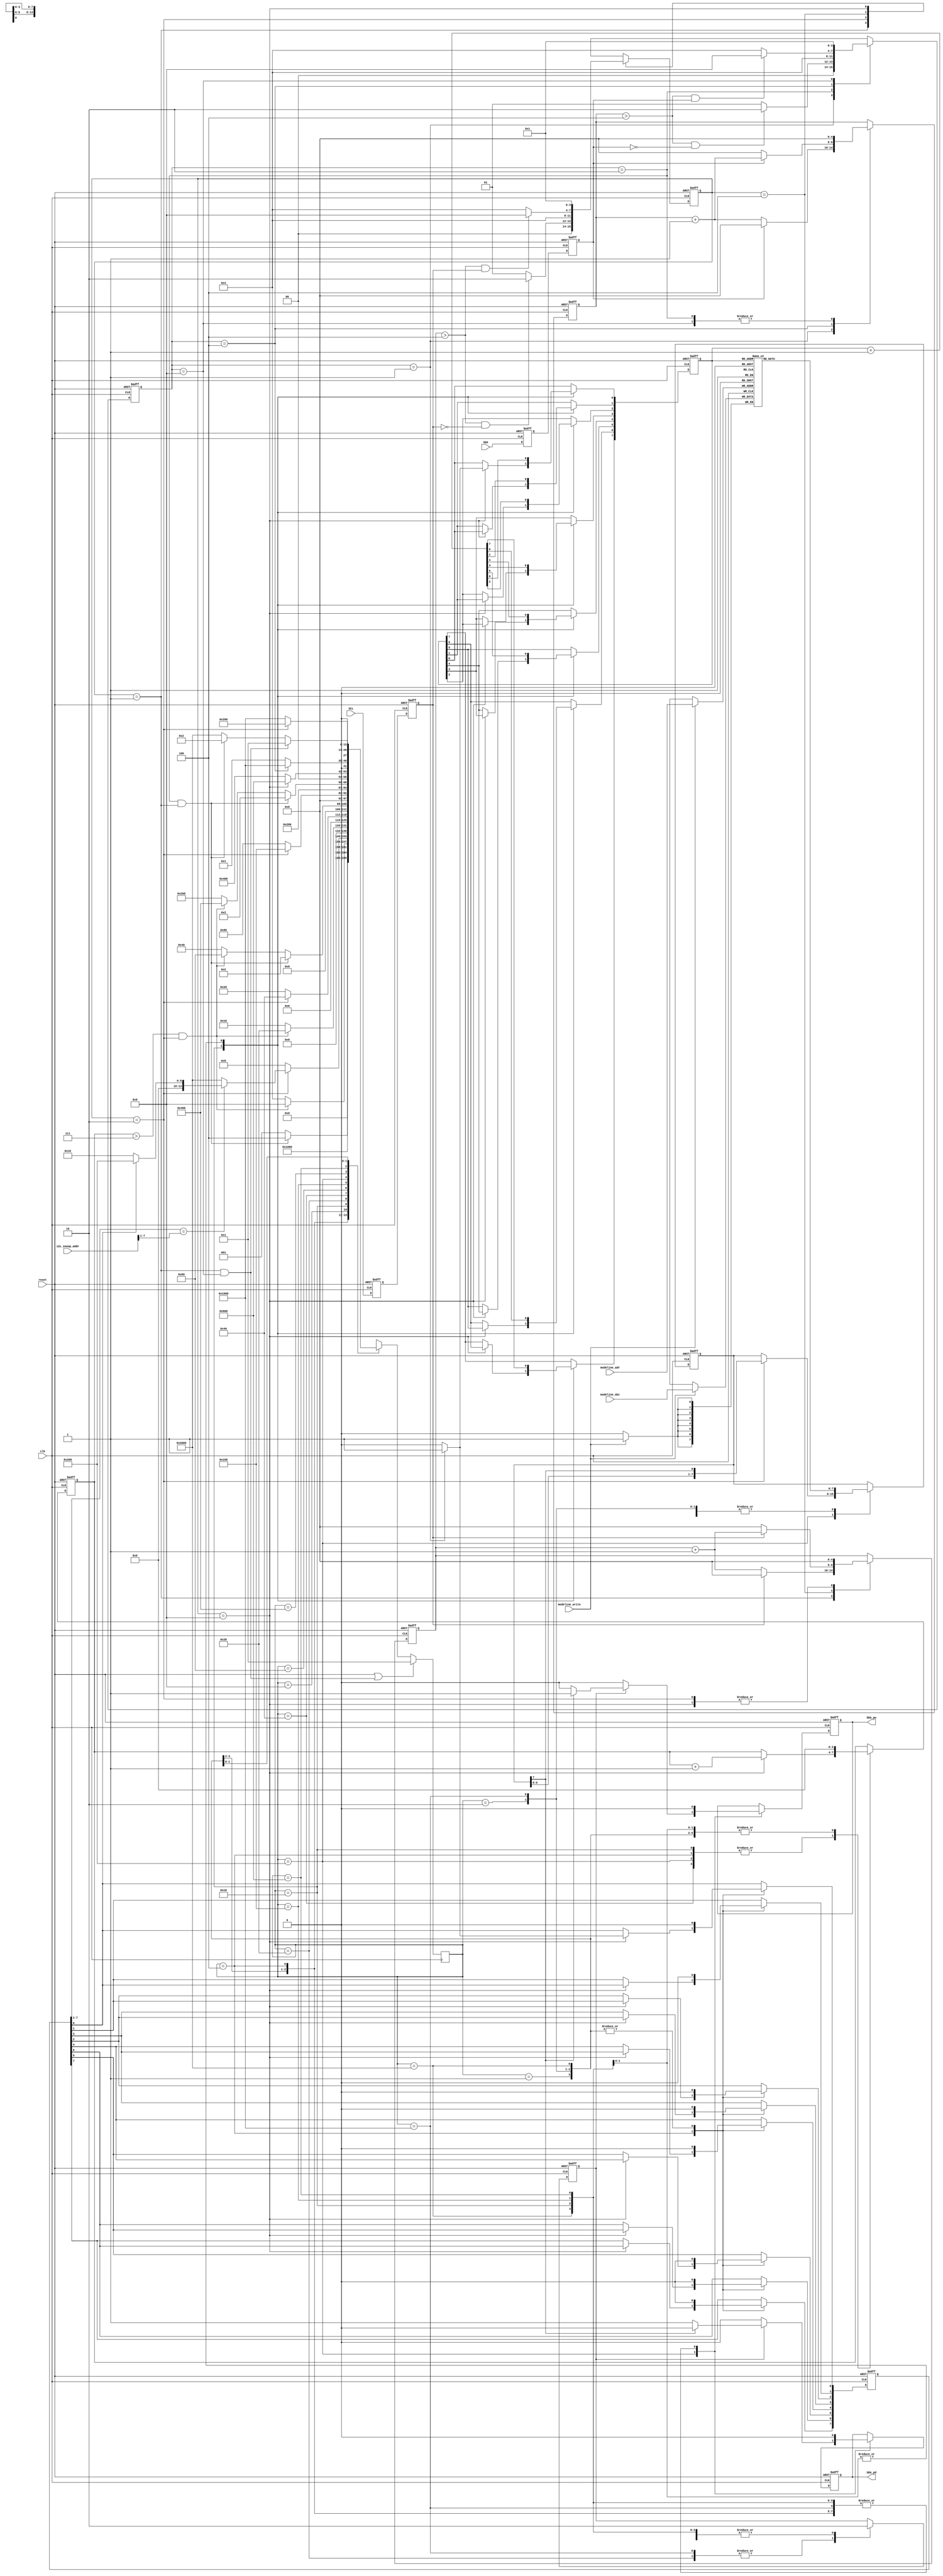
module i2c_squash_edid (
		  // external host interface
		  input wire   SCL,      // the SCL pin state
		  input wire   SDA,
		  output reg  SDA_pu,  // overrides for SDA
		  output reg  SDA_pd,

		  input wire   clk,     // internal FPGA clock
		  input wire   reset,   // internal FPGA reset
		  // i2c configuration
		  input wire [7:0] i2c_snoop_addr,

			input wire [7:0] modeline_adr,
			input wire [7:0] modeline_dat,
			input wire modeline_write
		  );

   wire [7:0] modeline; // change wire -> reg if using legacy hard-coded roms
   
   /////// I2C physical layer components
   /// SDA is stable when SCL is high.
   /// If SDA moves while SCL is high, this is considered a start or stop condition.
   ///
   /// Otherwise, SDA can move around when SCL is low (this is where we suppress bits or 
   /// overdrive as needed). SDA is a wired-AND bus, so you only "drive" zero.
   ///
   /// In an oversampled implementation, a rising and falling edge de-glitcher is needed
   /// for SCL and SDA.
   ///

   // rise fall time cycles computation:
   // At 400kHz operation, 2.5us is a cycle. "chatter" from transition should be about
   // 5% of total cycle time max (just rule of thumb), so 0.125us should be the equiv
   // number of cycles.
   // For the demo board, a 25 MHz clock is provided, and 0.125us ~ 4 cycles
   // At 100kHz operation, 10us is a cycle, so 0.5us ~ 12 cycles
   parameter TRF_CYCLES = 5'd4;  // number of cycles for rise/fall time
   
   ////////////////
   ///// protocol-level state machine
   ////////////////
   parameter I2C_START     = 14'b1 << 0; // should only pass through this state for one cycle
   parameter I2C_RESTART   = 14'b1 << 1;
   parameter I2C_DADDR     = 14'b1 << 2;
   parameter I2C_ACK_DADDR = 14'b1 << 3;
   parameter I2C_ADDR      = 14'b1 << 4;
   parameter I2C_ACK_ADDR  = 14'b1 << 5;
   parameter I2C_WR_DATA   = 14'b1 << 6;
   parameter I2C_ACK_WR    = 14'b1 << 7;
   parameter I2C_END_WR    = 14'b1 << 8;
   parameter I2C_RD_DATA   = 14'b1 << 9;
   parameter I2C_ACK_RD    = 14'b1 << 10;
   parameter I2C_END_RD    = 14'b1 << 11;
   parameter I2C_END_RD2   = 14'b1 << 12;
   parameter I2C_WAITSTOP  = 14'b1 << 13;
   
   parameter I2C_nSTATES = 14;

   reg [(I2C_nSTATES-1):0]     I2C_cstate = {{(I2C_nSTATES-1){1'b0}}, 1'b1};  //current and next states
   reg [(I2C_nSTATES-1):0]     I2C_nstate;

//`define SIMULATION  
`ifdef SIMULATION
   // synthesis translate_off
   reg [8*20:1] 	                 I2C_state_ascii = "I2C_START          ";
   always @(I2C_cstate) begin
      if      (I2C_cstate == I2C_START)     I2C_state_ascii <= "I2C_START          ";
      else if (I2C_cstate == I2C_RESTART)   I2C_state_ascii <= "I2C_RESTART        ";
      else if (I2C_cstate == I2C_DADDR)     I2C_state_ascii <= "I2C_DADDR          ";
      else if (I2C_cstate == I2C_ACK_DADDR) I2C_state_ascii <= "I2C_ACK_DADDR      ";
      else if (I2C_cstate == I2C_ADDR)      I2C_state_ascii <= "I2C_ADDR           ";
      else if (I2C_cstate == I2C_ACK_ADDR)  I2C_state_ascii <= "I2C_ACK_ADDR       ";
      else if (I2C_cstate == I2C_WR_DATA)   I2C_state_ascii <= "I2C_WR_DATA        ";
      else if (I2C_cstate == I2C_ACK_WR)    I2C_state_ascii <= "I2C_ACK_WR         ";
      else if (I2C_cstate == I2C_END_WR)    I2C_state_ascii <= "I2C_END_WR         ";
      else if (I2C_cstate == I2C_RD_DATA)   I2C_state_ascii <= "I2C_RD_DATA        ";
      else if (I2C_cstate == I2C_ACK_RD)    I2C_state_ascii <= "I2C_ACK_RD         ";
      else if (I2C_cstate == I2C_END_RD)    I2C_state_ascii <= "I2C_END_RD         ";
      else if (I2C_cstate == I2C_END_RD2)   I2C_state_ascii <= "I2C_END_RD2        ";
      else if (I2C_cstate == I2C_WAITSTOP)  I2C_state_ascii <= "I2C_WAITSTOP       ";
      else I2C_state_ascii                          <= "WTF                ";
   end
   // synthesis translate_on
`endif
   
   reg [3:0] 		       I2C_bitcnt;
   reg [7:0] 		       I2C_addr;
   reg [7:0] 		       I2C_daddr;
   reg 			       I2C_reg_update;
   reg [7:0] 		       I2C_squashdata;
   reg 			       I2C_dosquash;
   
   always @ (posedge clk) begin
      if (reset || ((SCL_cstate == SCL_HIGH) && (SDA_cstate == SDA_RISE))) // stop condition always resets
	I2C_cstate <= I2C_START; 
      else
	I2C_cstate <=#1 I2C_nstate;
   end

   always @ (*) begin
      case (I2C_cstate) //synthesis parallel_case full_case
	I2C_START: begin // wait for the start condition
	   I2C_nstate = ((SDA_cstate == SDA_FALL) && (SCL_cstate == SCL_HIGH)) ? I2C_DADDR : I2C_START;
	end
	I2C_RESTART: begin // repeated start moves immediately to DADDR
	   I2C_nstate = I2C_DADDR;
	end
	I2C_DADDR: begin // 8 bits to get the address
	   I2C_nstate = ((I2C_bitcnt > 4'h7) && (SCL_cstate == SCL_FALL)) ? I2C_ACK_DADDR : I2C_DADDR;
	end
	I2C_ACK_DADDR: begin // depending upon W/R bit state, go to one of two branches
	   I2C_nstate = (SCL_cstate == SCL_FALL) ?
			(I2C_daddr[7:1] == i2c_snoop_addr[7:1]) ? 
			(I2C_daddr[0] == 1'b0 ? I2C_ADDR : I2C_RD_DATA) :
			I2C_WAITSTOP : // !I2C_daddr match
			I2C_ACK_DADDR; // !SCL_FALL
	end

	// device address branch
	I2C_ADDR: begin
	   I2C_nstate = ((I2C_bitcnt > 4'h7) && (SCL_cstate == SCL_FALL)) ? I2C_ACK_ADDR : I2C_ADDR;
	end
	I2C_ACK_ADDR: begin
	   I2C_nstate = (SCL_cstate == SCL_FALL) ? I2C_WR_DATA : I2C_ACK_ADDR;
	end
	
	// write branch
	I2C_WR_DATA: begin // 8 bits to get the write data
	   I2C_nstate = ((SDA_cstate == SDA_FALL) && (SCL_cstate == SCL_HIGH)) ? I2C_RESTART : // repeated start
			((I2C_bitcnt > 4'h7) && (SCL_cstate == SCL_FALL)) ? I2C_ACK_WR : I2C_WR_DATA;
	end
	I2C_ACK_WR: begin // trigger the ack response (pull SDA low until next falling edge)
	   // and stay in this state until the next falling edge of SCL
	   I2C_nstate = (SCL_cstate == SCL_FALL) ? I2C_END_WR : I2C_ACK_WR;
	end
	I2C_END_WR: begin // one-cycle state to update address+1, reset SDA pulldown
	   I2C_nstate = I2C_WR_DATA; // SCL is now low
	end

	// read branch
	I2C_RD_DATA: begin // 8 bits to get the read data
	   I2C_nstate = ((SDA_cstate == SDA_FALL) && (SCL_cstate == SCL_HIGH)) ? I2C_RESTART : // repeated start
			((I2C_bitcnt > 4'h7) && (SCL_cstate == SCL_FALL)) ? I2C_ACK_RD : I2C_RD_DATA;
	end
	I2C_ACK_RD: begin // wait for an (n)ack response
	   // need to sample (n)ack on a rising edge
	   I2C_nstate = (SCL_cstate == SCL_RISE) ? I2C_END_RD : I2C_ACK_RD;
	end
	I2C_END_RD: begin // if nack, just go to start state (don't explicitly check stop event)
	   // single cycle state for adr+1 update
	   I2C_nstate = (SDA_cstate == SDA_LOW) ? I2C_END_RD2 : I2C_START;
	end
	I2C_END_RD2: begin // before entering I2C_RD_DATA, we need to have seen a falling edge.
	   I2C_nstate = (SCL_cstate == SCL_FALL) ? I2C_RD_DATA : I2C_END_RD2;
	end

	// we're not the addressed device, so we just idle until we see a stop
	I2C_WAITSTOP: begin
	   I2C_nstate = (((SCL_cstate == SCL_HIGH) && (SDA_cstate == SDA_RISE))) ? // stop
			I2C_START : 
			(((SCL_cstate == SCL_HIGH) && (SDA_cstate == SDA_FALL))) ? // or start
			I2C_RESTART :
			I2C_WAITSTOP;
	end
      endcase // case (cstate)
   end

   always @ (posedge clk or posedge reset) begin
      if( reset ) begin
	 I2C_bitcnt <=#1 4'b0;
	 I2C_daddr <=#1 8'b0;
	 I2C_reg_update <=#1 1'b0;
	 I2C_addr <=#1 8'b0; // this persists across transactions

	 I2C_squashdata <=#1 8'hff;
	 I2C_dosquash <=#1 0;
	 SDA_pd <=#1 0;
	 SDA_pu <=#1 0;
      end else begin
	 case (I2C_cstate) // synthesis parallel_case full_case
	   I2C_START: begin // everything in reset
	      I2C_bitcnt <=#1 4'b0;
	      I2C_daddr <=#1 8'b0;
	      I2C_reg_update <=#1 1'b0;
	      I2C_addr <=#1 I2C_addr;

	      I2C_squashdata <=#1 I2C_squashdata;
	      I2C_dosquash <=#1 0;
	      SDA_pd <=#1 0;
	      SDA_pu <=#1 0;
	   end

	   I2C_RESTART: begin
	      I2C_bitcnt <=#1 4'b0;
	      I2C_daddr <=#1 8'b0;
	      I2C_reg_update <=#1 1'b0;
	      I2C_addr <=#1 I2C_addr;

//	      I2C_squashdata <=#1 I2C_squashdata;
	      // on restart, I2C_addr is valid, so grab squashdata again
	      I2C_squashdata <=#1 modeline[7:0];
	      I2C_dosquash <=#1 0;
	      SDA_pd <=#1 0;
	      SDA_pu <=#1 0;
	   end

	   // get my i2c device address (am I being talked to?)
	   I2C_DADDR: begin // shift in the address on rising edges of clock
	      if( SCL_cstate == SCL_RISE ) begin
		 I2C_bitcnt <=#1 I2C_bitcnt + 4'b1;
		 I2C_daddr[7] <=#1 I2C_daddr[6];
		 I2C_daddr[6] <=#1 I2C_daddr[5];
		 I2C_daddr[5] <=#1 I2C_daddr[4];
		 I2C_daddr[4] <=#1 I2C_daddr[3];
		 I2C_daddr[3] <=#1 I2C_daddr[2];
		 I2C_daddr[2] <=#1 I2C_daddr[1];
		 I2C_daddr[1] <=#1 I2C_daddr[0];
		 I2C_daddr[0] <=#1 (SDA_cstate == SDA_HIGH) ? 1'b1 : 1'b0;
	      end else begin // we're oversampled so we need a hold-state gutter
		 I2C_bitcnt <=#1 I2C_bitcnt;
		 I2C_daddr <=#1 I2C_daddr;
	      end // else: !if( SCL_cstate == SCL_RISE )
	      I2C_reg_update <=#1 1'b0;
	      I2C_addr <=#1 I2C_addr;

	      I2C_squashdata <=#1 I2C_squashdata;
	      I2C_dosquash <=#1 0;
	      SDA_pd <=#1 0;
	      SDA_pu <=#1 0;
	   end // case: I2C_DADDR
	   I2C_ACK_DADDR: begin
	      I2C_daddr <=#1 I2C_daddr;
	      I2C_bitcnt <=#1 4'b0;
	      I2C_reg_update <=#1 1'b0;
	      I2C_addr <=#1 I2C_addr;

	      I2C_squashdata <=#1 I2C_squashdata;
	      I2C_dosquash <=#1 0;
	      SDA_pd <=#1 0;
	      SDA_pu <=#1 0;
	   end

	   // get my i2c "write" address (what we want to access inside me)
	   I2C_ADDR: begin
	      if( SCL_cstate == SCL_RISE ) begin
		 I2C_bitcnt <=#1 I2C_bitcnt + 4'b1;
		 I2C_addr[7] <=#1 I2C_addr[6];
		 I2C_addr[6] <=#1 I2C_addr[5];
		 I2C_addr[5] <=#1 I2C_addr[4];
		 I2C_addr[4] <=#1 I2C_addr[3];
		 I2C_addr[3] <=#1 I2C_addr[2];
		 I2C_addr[2] <=#1 I2C_addr[1];
		 I2C_addr[1] <=#1 I2C_addr[0];
		 I2C_addr[0] <=#1 (SDA_cstate == SDA_HIGH) ? 1'b1 : 1'b0;
	      end else begin // we're oversampled so we need a hold-state gutter
		 I2C_bitcnt <=#1 I2C_bitcnt;
		 I2C_addr <=#1 I2C_addr;
	      end // else: !if( SCL_cstate == SCL_RISE )
	      I2C_reg_update <=#1 1'b0;
	      I2C_daddr <=#1 I2C_daddr;

	      I2C_squashdata <=#1 I2C_squashdata;
	      I2C_dosquash <=#1 0;
	      SDA_pd <=#1 0;
	      SDA_pu <=#1 0;
	   end // case: I2C_ADDR
	   I2C_ACK_ADDR: begin
	      I2C_daddr <=#1 I2C_daddr;
	      I2C_bitcnt <=#1 4'b0;
	      I2C_reg_update <=#1 1'b0;
	      I2C_addr <=#1 I2C_addr;

	      // note mirror image of this on the I2C_END_RD2 branch
`ifdef POSTERITY
	      if( I2C_addr[7] ) begin // 0x80 and above
		 I2C_squashdata <=#1 modeline[7:0];
		 I2C_dosquash <=#1 1;
	      end else if( I2C_addr[7:0] == 8'h75 ) begin
		 I2C_squashdata <=#1 8'h09; // pixclock @ 90mhz
		 I2C_dosquash <=#1 1;
	      end else if( (I2C_addr[7:0] >= 8'h36) &&
			   (I2C_addr[7:0] <= 8'h47) ) begin
		 I2C_squashdata <=#1 8'h00;
		 I2C_dosquash <=#1 1;
	      end else if( I2C_addr[7:0] == 8'h7f ) begin
		 I2C_squashdata <=#1 8'hb7; // fixup checkusm
		 I2C_dosquash <=#1 1;
	      end else begin
		 I2C_squashdata <=#1 I2C_squashdata;
		 I2C_dosquash <=#1 0;
	      end
`endif //  `ifdef POSTERITY
	      // now that bank is 256 bytes, squash everything
	      I2C_squashdata <=#1 modeline[7:0];
	      I2C_dosquash <=#1 1;
	      
	      SDA_pd <=#1 0;
	      SDA_pu <=#1 0;
	   end
	   
	   
	   // write branch
	   I2C_WR_DATA: begin // shift in data on rising edges of clock
	      if( SCL_cstate == SCL_RISE ) begin
		 I2C_bitcnt <=#1 I2C_bitcnt + 4'b1;
	      end else begin
		 I2C_bitcnt <=#1 I2C_bitcnt; // hold state gutter
	      end // else: !if( SCL_cstate == SCL_RISE )
	      I2C_daddr <=#1 I2C_daddr;
	      I2C_reg_update <=#1 1'b0;
	      I2C_addr <=#1 I2C_addr;
`ifdef SQUASHWRITES
	      if( SCL_cstate == SCL_FALL ) begin
		 I2C_squashdata[7:0] <=#1 {I2C_squashdata[6:0],I2C_squashdata[7]};
	      end else begin
		 I2C_squashdata <=#1 I2C_squashdata;
	      end
	      
	      I2C_dosquash <=#1 I2C_dosquash;
	      if( I2C_dosquash ) begin
		 if( I2C_squashdata[7] ) begin
		    SDA_pd <=#1 0;
		    SDA_pu <=#1 1;
		 end else begin
		    SDA_pd <=#1 1;
		    SDA_pu <=#1 0;
		 end
	      end else begin
		 SDA_pd <=#1 0;
		 SDA_pu <=#1 0;
	      end // else: !if( I2C_dosquash )
`else // !`ifdef SQUASHWRITES
	      I2C_squashdata <=#1 I2C_squashdata;
	      I2C_dosquash <=#1 0;
	      SDA_pd <=#1 0;
	      SDA_pu <=#1 0;
`endif	      
	   end // case: I2C_WR_DATA
	   I2C_ACK_WR: begin
	      I2C_daddr <=#1 I2C_daddr;
	      I2C_bitcnt <=#1 4'b0;
	      I2C_reg_update <=#1 1'b1;  // write the data now (over and over again while in state)
	      I2C_addr <=#1 I2C_addr;

	      I2C_squashdata <=#1 I2C_squashdata;
	      I2C_dosquash <=#1 0;
	      SDA_pd <=#1 0;
	      SDA_pu <=#1 0;
	   end
	   I2C_END_WR: begin
	      I2C_addr <=#1 I2C_addr + 8'b1; // this is a one-cycle state so this is safe
	      I2C_bitcnt <=#1 4'b0;
	      I2C_reg_update <=#1 1'b0;
	      I2C_daddr <=#1 I2C_daddr;

	      I2C_squashdata <=#1 I2C_squashdata;
	      I2C_dosquash <=#1 0;
	      SDA_pd <=#1 0;
	      SDA_pu <=#1 0;
	   end

	   // read branch
	   I2C_RD_DATA: begin // shift out data on falling edges of clock
	      if( SCL_cstate == SCL_RISE ) begin
		 I2C_bitcnt <=#1 I2C_bitcnt + 4'b1;
	      end else begin
		 I2C_bitcnt <=#1 I2C_bitcnt; // hold state gutter
	      end
	      I2C_daddr <=#1 I2C_daddr;
	      I2C_reg_update <=#1 1'b0;
	      I2C_addr <=#1 I2C_addr;

	      if( SCL_cstate == SCL_FALL ) begin
		 I2C_squashdata[7:0] <=#1 {I2C_squashdata[6:0],I2C_squashdata[7]};
	      end else begin
		 I2C_squashdata <=#1 I2C_squashdata;
	      end
	      
	      I2C_dosquash <=#1 I2C_dosquash;
	      if( I2C_dosquash ) begin
		 if( I2C_squashdata[7] ) begin
		    SDA_pd <=#1 0;
		    SDA_pu <=#1 1;
		 end else begin
		    SDA_pd <=#1 1;
		    SDA_pu <=#1 0;
		 end
	      end else begin
		 SDA_pd <=#1 0;
		 SDA_pu <=#1 0;
	      end
	   end // case: I2C_RD_DATA
	   I2C_ACK_RD: begin
	      I2C_daddr <=#1 I2C_daddr;
	      I2C_bitcnt <=#1 4'b0;
	      I2C_reg_update <=#1 1'b1; // commit reads even to our internal bank
	      I2C_addr <=#1 I2C_addr;

	      I2C_squashdata <=#1 I2C_squashdata;
	      I2C_dosquash <=#1 0;
	      SDA_pd <=#1 0;
	      SDA_pu <=#1 0;
	   end
	   I2C_END_RD: begin
	      I2C_addr <=#1 I2C_addr + 8'b1; // this is a one-cycle state so this is safe
	      I2C_bitcnt <=#1 4'b0;
	      I2C_reg_update <=#1 1'b0;
	      I2C_daddr <=#1 I2C_daddr;

	      I2C_squashdata <=#1 I2C_squashdata;
	      I2C_dosquash <=#1 0;
	      SDA_pd <=#1 0;
	      SDA_pu <=#1 0;
	   end
	   I2C_END_RD2: begin
	      I2C_daddr <=#1 8'b0;
	      I2C_bitcnt <=#1 4'b0;
	      I2C_reg_update <=#1 1'b0;
	      I2C_addr <=#1 I2C_addr;

`ifdef POSTERITY
	      if( I2C_addr[7] ) begin // 0x80 and above
		 I2C_squashdata <=#1 modeline[7:0];
		 I2C_dosquash <=#1 1;
	      end else if( I2C_addr[7:0] == 8'h75 ) begin
		 I2C_squashdata <=#1 8'h09; // pixclock @ 90mhz
		 I2C_dosquash <=#1 1;
	      end else if( (I2C_addr[7:0] >= 8'h36) &&
			   (I2C_addr[7:0] <= 8'h47) ) begin
		 I2C_squashdata <=#1 8'h00;
		 I2C_dosquash <=#1 1;
	      end else if( I2C_addr[7:0] == 8'h7f ) begin
		 I2C_squashdata <=#1 8'hb7; // fixup checkusm
		 I2C_dosquash <=#1 1;
	      end else begin
		 I2C_squashdata <=#1 I2C_squashdata;
		 I2C_dosquash <=#1 0;
	      end
`endif //  `ifdef POSTERITY
	      // now that bank is 256 bytes, squash everything
	      I2C_squashdata <=#1 modeline[7:0];
	      I2C_dosquash <=#1 1;
	      
	      SDA_pd <=#1 0;
	      SDA_pu <=#1 0;
	   end
	   
	   I2C_WAITSTOP: begin
	      I2C_daddr <=#1 8'b0;
	      I2C_bitcnt <=#1 4'b0;
	      I2C_reg_update <=#1 1'b0;
	      I2C_addr <=#1 I2C_addr;

	      I2C_squashdata <=#1 I2C_squashdata;
	      I2C_dosquash <=#1 0;
	      SDA_pd <=#1 0;
	      SDA_pu <=#1 0;
	   end
	 endcase // case (cstate)
      end // else: !if( reset )
   end // always @ (posedge clk or posedge reset)

`ifdef POSTERITY
   	      if( I2C_addr[7:0] == 8'h63 ) begin
		 I2C_squashdata <=#1 8'h0a;
		 I2C_dosquash <=#1 1;
	      end else if( (I2C_addr[7:0] >= 8'h36) && (I2C_addr[7:0] <= 8'h59) ) begin
		 I2C_squashdata <=#1 modeline[7:0];
		 I2C_dosquash <=#1 1;
	      end else begin
		 I2C_squashdata <=#1 I2C_squashdata;
		 I2C_dosquash <=#1 0;
	      end
	      SDA_pd <=#1 0;
	      SDA_pu <=#1 0;
`endif

   ////////////////
   ///// SCL low-level sampling state machine
   ////////////////
   parameter SCL_HIGH = 4'b1 << 0; // should only pass through this state for one cycle
   parameter SCL_FALL = 4'b1 << 1;
   parameter SCL_LOW  = 4'b1 << 2;
   parameter SCL_RISE = 4'b1 << 3;
   parameter SCL_nSTATES = 4;

   reg [(SCL_nSTATES-1):0]     SCL_cstate = {{(SCL_nSTATES-1){1'b0}}, 1'b1};  //current and next states
   reg [(SCL_nSTATES-1):0]     SCL_nstate;

//`define SIMULATION  
`ifdef SIMULATION
   // synthesis translate_off
   reg [8*20:1] 	                 SCL_state_ascii = "SCL_HIGH           ";

   always @(SCL_cstate) begin
      if      (SCL_cstate == SCL_HIGH)     SCL_state_ascii <= "SCL_HIGH           ";
      else if (SCL_cstate == SCL_FALL)     SCL_state_ascii <= "SCL_FALL           ";
      else if (SCL_cstate == SCL_LOW )     SCL_state_ascii <= "SCL_LOW            ";
      else if (SCL_cstate == SCL_RISE)     SCL_state_ascii <= "SCL_RISE           ";
      else SCL_state_ascii                                 <= "WTF                ";
   end
   // synthesis translate_on
`endif

   reg [4:0] 		       SCL_rfcnt;
   reg 			       SCL_s, SCL_sync;
   reg 			       SDA_s, SDA_sync;

   always @ (posedge clk or posedge reset) begin
      if (reset)
	SCL_cstate <= SCL_HIGH; // always start here even if it's wrong -- easier to test
      else
	SCL_cstate <=#1 SCL_nstate;
   end

   always @ (*) begin
      case (SCL_cstate) //synthesis parallel_case full_case
	SCL_HIGH: begin
	   SCL_nstate = ((SCL_rfcnt > TRF_CYCLES) && (SCL_sync == 1'b0)) ? SCL_FALL : SCL_HIGH;
	end
	SCL_FALL: begin
	   SCL_nstate = SCL_LOW;
	end
	SCL_LOW: begin
	   SCL_nstate = ((SCL_rfcnt > TRF_CYCLES) && (SCL_sync == 1'b1)) ? SCL_RISE : SCL_LOW;
	end
	SCL_RISE: begin
	   SCL_nstate = SCL_HIGH;
	end
      endcase // case (cstate)
   end // always @ (*)

   always @ (posedge clk or posedge reset) begin
      if( reset ) begin
	 SCL_rfcnt <=#1 5'b0;
      end else begin
	 case (SCL_cstate) // synthesis parallel_case full_case
	   SCL_HIGH: begin
	      if( SCL_sync == 1'b1 ) begin
		 SCL_rfcnt <=#1 5'b0;
	      end else begin
		 SCL_rfcnt <=#1 SCL_rfcnt + 5'b1;
	      end
	   end
	   SCL_FALL: begin
	      SCL_rfcnt <=#1 5'b0;
	   end
	   SCL_LOW: begin
	      if( SCL_sync == 1'b0 ) begin
		 SCL_rfcnt <=#1 5'b0;
	      end else begin
		 SCL_rfcnt <=#1 SCL_rfcnt + 5'b1;
	      end
	   end
	   SCL_RISE: begin
	      SCL_rfcnt <=#1 5'b0;
	   end
	 endcase // case (cstate)
      end // else: !if( reset )
   end // always @ (posedge clk or posedge reset)


   ////////////////
   ///// SDA low-level sampling state machine
   ////////////////
   parameter SDA_HIGH = 4'b1 << 0; // should only pass through this state for one cycle
   parameter SDA_FALL = 4'b1 << 1;
   parameter SDA_LOW  = 4'b1 << 2;
   parameter SDA_RISE = 4'b1 << 3;
   parameter SDA_nSTATES = 4;

   reg [(SDA_nSTATES-1):0]     SDA_cstate = {{(SDA_nSTATES-1){1'b0}}, 1'b1};  //current and next states
   reg [(SDA_nSTATES-1):0]     SDA_nstate;

//`define SIMULATION  
`ifdef SIMULATION
   // synthesis translate_off
   reg [8*20:1] 	                 SDA_state_ascii = "SDA_HIGH           ";

   always @(SDA_cstate) begin
      if      (SDA_cstate == SDA_HIGH)     SDA_state_ascii <= "SDA_HIGH           ";
      else if (SDA_cstate == SDA_FALL)     SDA_state_ascii <= "SDA_FALL           ";
      else if (SDA_cstate == SDA_LOW )     SDA_state_ascii <= "SDA_LOW            ";
      else if (SDA_cstate == SDA_RISE)     SDA_state_ascii <= "SDA_RISE           ";
      else SDA_state_ascii                                 <= "WTF                ";
   end
   // synthesis translate_on
`endif

   reg [4:0] 		       SDA_rfcnt;

   always @ (posedge clk or posedge reset) begin
      if (reset)
	SDA_cstate <= SDA_HIGH; // always start here even if it's wrong -- easier to test
      else
	SDA_cstate <=#1 SDA_nstate;
   end

   always @ (*) begin
      case (SDA_cstate) //synthesis parallel_case full_case
	SDA_HIGH: begin
	   SDA_nstate = ((SDA_rfcnt > TRF_CYCLES) && (SDA_sync == 1'b0)) ? SDA_FALL : SDA_HIGH;
	end
	SDA_FALL: begin
	   SDA_nstate = SDA_LOW;
	end
	SDA_LOW: begin
	   SDA_nstate = ((SDA_rfcnt > TRF_CYCLES) && (SDA_sync == 1'b1)) ? SDA_RISE : SDA_LOW;
	end
	SDA_RISE: begin
	   SDA_nstate = SDA_HIGH;
	end
      endcase // case (cstate)
   end // always @ (*)

   always @ (posedge clk or posedge reset) begin
      if( reset ) begin
	 SDA_rfcnt <=#1 5'b0;
      end else begin
	 case (SDA_cstate) // synthesis parallel_case full_case
	   SDA_HIGH: begin
	      if( SDA_sync == 1'b1 ) begin
		 SDA_rfcnt <=#1 5'b0;
	      end else begin
		 SDA_rfcnt <=#1 SDA_rfcnt + 5'b1;
	      end
	   end
	   SDA_FALL: begin
	      SDA_rfcnt <=#1 5'b0;
	   end
	   SDA_LOW: begin
	      if( SDA_sync == 1'b0 ) begin
		 SDA_rfcnt <=#1 5'b0;
	      end else begin
		 SDA_rfcnt <=#1 SDA_rfcnt + 5'b1;
	      end
	   end
	   SDA_RISE: begin
	      SDA_rfcnt <=#1 5'b0;
	   end
	 endcase // case (cstate)
      end // else: !if( reset )
   end // always @ (posedge clk or posedge reset)

   
   
   /////////////////////
   /////// synchronizers
   /////////////////////
   always @ (posedge clk or posedge reset) begin
      if (reset) begin
	 SCL_s <= 0;
	 SCL_sync <= 0;
	 SDA_s <= 0;
	 SDA_sync <= 0;
      end else begin
	 SCL_s <= SCL;
	 SCL_sync <= SCL_s;
	 SDA_s <= SDA;
	 SDA_sync <= SDA_s;
      end // else: !if(reset)
   end // always @ (posedge clk or posedge reset)

   /////////////////////////
   // ram that contains the override modeline
   /////////////////////////
   (* RAM_STYLE="{AUTO | DISTRIBUTED | PIPE_DISTRIBUTED}" *)
   reg [7:0] moderam [255:0];

//   wire [7:0] modeline; // declared up top

   always @(posedge clk)
      if (modeline_write)
         moderam[modeline_adr[7:0]] <= modeline_dat[7:0];

   assign modeline[7:0] = moderam[I2C_addr[7:0]];
   
`ifdef POSTERITY
   wire [7:0] I2C_offset36;
   assign I2C_offset36[7:0] = I2C_addr[7:0] - 8'h36;

   always @(*) begin
      case( I2C_offset36[4:0] )
	5'h00: modeline = 8'h01; // master copy
	5'h01: modeline = 8'h1d;
	5'h02: modeline = 8'h00;
	5'h03: modeline = 8'hbc;
	5'h04: modeline = 8'h52;
	5'h05: modeline = 8'hd0;
	5'h06: modeline = 8'h1e;
	5'h07: modeline = 8'h20;
	5'h08: modeline = 8'hb8;
	5'h09: modeline = 8'h28;
	5'h0a: modeline = 8'h55;
	5'h0b: modeline = 8'h40;
	5'h0c: modeline = 8'ha0;
	5'h0d: modeline = 8'h5a;
	5'h0e: modeline = 8'h00;
	5'h0f: modeline = 8'h00;
	5'h10: modeline = 8'h00;
	5'h11: modeline = 8'h1e;
	
	5'h12: modeline = 8'h01; // alias copy
	5'h13: modeline = 8'h1d;
	5'h14: modeline = 8'h00;
	5'h15: modeline = 8'hbc;
	5'h16: modeline = 8'h52;
	5'h17: modeline = 8'hd0;
	5'h18: modeline = 8'h1e;
	5'h19: modeline = 8'h20;
	5'h1a: modeline = 8'hb8;
	5'h1b: modeline = 8'h28;
	5'h1c: modeline = 8'h55;
	5'h1d: modeline = 8'h40;
	5'h1e: modeline = 8'ha0;
	5'h1f: modeline = 8'h5a;
      endcase // case ( I2C_addr )
   end // always @ (*)
`endif // !`ifdef POSTERITY
`ifdef POSTERITY
   always @(*) begin
      case( I2C_addr[6:0] )
        7'h00: modeline = 8'h02;
        7'h01: modeline = 8'h03;
        7'h02: modeline = 8'h1f;
        7'h03: modeline = 8'hf2;
        7'h04: modeline = 8'h4b;
        7'h05: modeline = 8'h93;
        7'h06: modeline = 8'h04;
        7'h07: modeline = 8'h12;
        7'h08: modeline = 8'h83;
        7'h09: modeline = 8'h14;
        7'h0a: modeline = 8'h05;
        7'h0b: modeline = 8'h20;
        7'h0c: modeline = 8'h00;
        7'h0d: modeline = 8'h00;
        7'h0e: modeline = 8'h00;
        7'h0f: modeline = 8'h00;
        7'h10: modeline = 8'h23;
        7'h11: modeline = 8'h09;
        7'h12: modeline = 8'h07;
        7'h13: modeline = 8'h07;
        7'h14: modeline = 8'h83;
        7'h15: modeline = 8'h01;
        7'h16: modeline = 8'h00;
        7'h17: modeline = 8'h00;
        7'h18: modeline = 8'h66;
        7'h19: modeline = 8'h03;
        7'h1a: modeline = 8'h0c;
        7'h1b: modeline = 8'h00;
        7'h1c: modeline = 8'h10;
        7'h1d: modeline = 8'h00;
        7'h1e: modeline = 8'h80;
        7'h1f: modeline = 8'h8c;
        7'h20: modeline = 8'h0a;
        7'h21: modeline = 8'hd0;
        7'h22: modeline = 8'h8a;
        7'h23: modeline = 8'h20;
        7'h24: modeline = 8'he0;
        7'h25: modeline = 8'h2d;
        7'h26: modeline = 8'h10;
        7'h27: modeline = 8'h10;
        7'h28: modeline = 8'h3e;
        7'h29: modeline = 8'h96;
        7'h2a: modeline = 8'h00;
        7'h2b: modeline = 8'ha0;
        7'h2c: modeline = 8'h5a;
        7'h2d: modeline = 8'h00;
        7'h2e: modeline = 8'h00;
        7'h2f: modeline = 8'h00;
        7'h30: modeline = 8'h18;
        7'h31: modeline = 8'h01;
        7'h32: modeline = 8'h1d;
        7'h33: modeline = 8'h00;
        7'h34: modeline = 8'h72;
        7'h35: modeline = 8'h51;
        7'h36: modeline = 8'hd0;
        7'h37: modeline = 8'h1e;
        7'h38: modeline = 8'h20;
        7'h39: modeline = 8'h6e;
        7'h3a: modeline = 8'h28;
        7'h3b: modeline = 8'h55;
        7'h3c: modeline = 8'h00;
        7'h3d: modeline = 8'ha0;
        7'h3e: modeline = 8'h5a;
        7'h3f: modeline = 8'h00;
        7'h40: modeline = 8'h00;
        7'h41: modeline = 8'h00;
        7'h42: modeline = 8'h1e;
        7'h43: modeline = 8'h01;
        7'h44: modeline = 8'h1d;
        7'h45: modeline = 8'h80;
        7'h46: modeline = 8'hd0;
        7'h47: modeline = 8'h72;
        7'h48: modeline = 8'h1c;
        7'h49: modeline = 8'h16;
        7'h4a: modeline = 8'h20;
        7'h4b: modeline = 8'h10;
        7'h4c: modeline = 8'h2c;
        7'h4d: modeline = 8'h25;
        7'h4e: modeline = 8'h80;
        7'h4f: modeline = 8'ha0;
        7'h50: modeline = 8'h5a;
        7'h51: modeline = 8'h00;
        7'h52: modeline = 8'h00;
        7'h53: modeline = 8'h00;
        7'h54: modeline = 8'h9e;
        7'h55: modeline = 8'h01;
        7'h56: modeline = 8'h1d;
        7'h57: modeline = 8'h80;
        7'h58: modeline = 8'h18;
        7'h59: modeline = 8'h71;
        7'h5a: modeline = 8'h1c;
        7'h5b: modeline = 8'h16;
        7'h5c: modeline = 8'h20;
        7'h5d: modeline = 8'h58;
        7'h5e: modeline = 8'h2c;
        7'h5f: modeline = 8'h25;
        7'h60: modeline = 8'h00;
        7'h61: modeline = 8'ha0;
        7'h62: modeline = 8'h5a;
        7'h63: modeline = 8'h00;
        7'h64: modeline = 8'h00;
        7'h65: modeline = 8'h00;
        7'h66: modeline = 8'h9e;
        7'h67: modeline = 8'h8c;
        7'h68: modeline = 8'h0a;
        7'h69: modeline = 8'hd0;
        7'h6a: modeline = 8'h90;
        7'h6b: modeline = 8'h20;
        7'h6c: modeline = 8'h40;
        7'h6d: modeline = 8'h31;
        7'h6e: modeline = 8'h20;
        7'h6f: modeline = 8'h0c;
        7'h70: modeline = 8'h40;
        7'h71: modeline = 8'h55;
        7'h72: modeline = 8'h00;
        7'h73: modeline = 8'ha0;
        7'h74: modeline = 8'h5a;
        7'h75: modeline = 8'h00;
        7'h76: modeline = 8'h00;
        7'h77: modeline = 8'h00;
        7'h78: modeline = 8'h18;
        7'h79: modeline = 8'h00;
        7'h7a: modeline = 8'h00;
        7'h7b: modeline = 8'h00;
        7'h7c: modeline = 8'h00;
        7'h7d: modeline = 8'h00;
        7'h7e: modeline = 8'h00;
        7'h7f: modeline = 8'ha3;
      endcase // case ( I2C_addr )
   end // always @ (*)
`endif // !`ifdef POSTERITY
   
endmodule